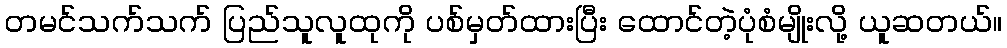
တမင်သက်သက် ပြည်သူလူထုကို ပစ်မှတ်ထားပြီး ထောင်တဲ့ပုံစံမျိုးလို့ ယူဆတယ်။